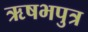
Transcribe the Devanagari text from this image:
ऋषभपुत्र